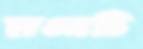
হাওরটি